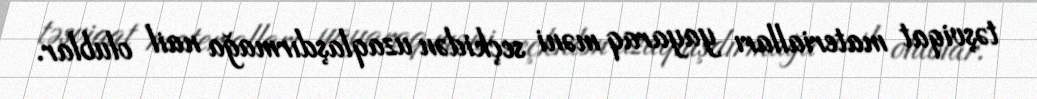
təşviqat materialları yayaraq məni seçkidən uzaqlaşdırmağa nail olublar.